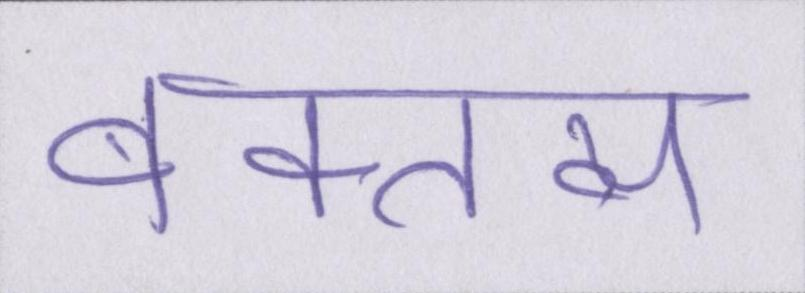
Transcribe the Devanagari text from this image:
वक्तव्य